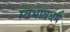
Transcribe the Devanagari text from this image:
स्वभावधर्म